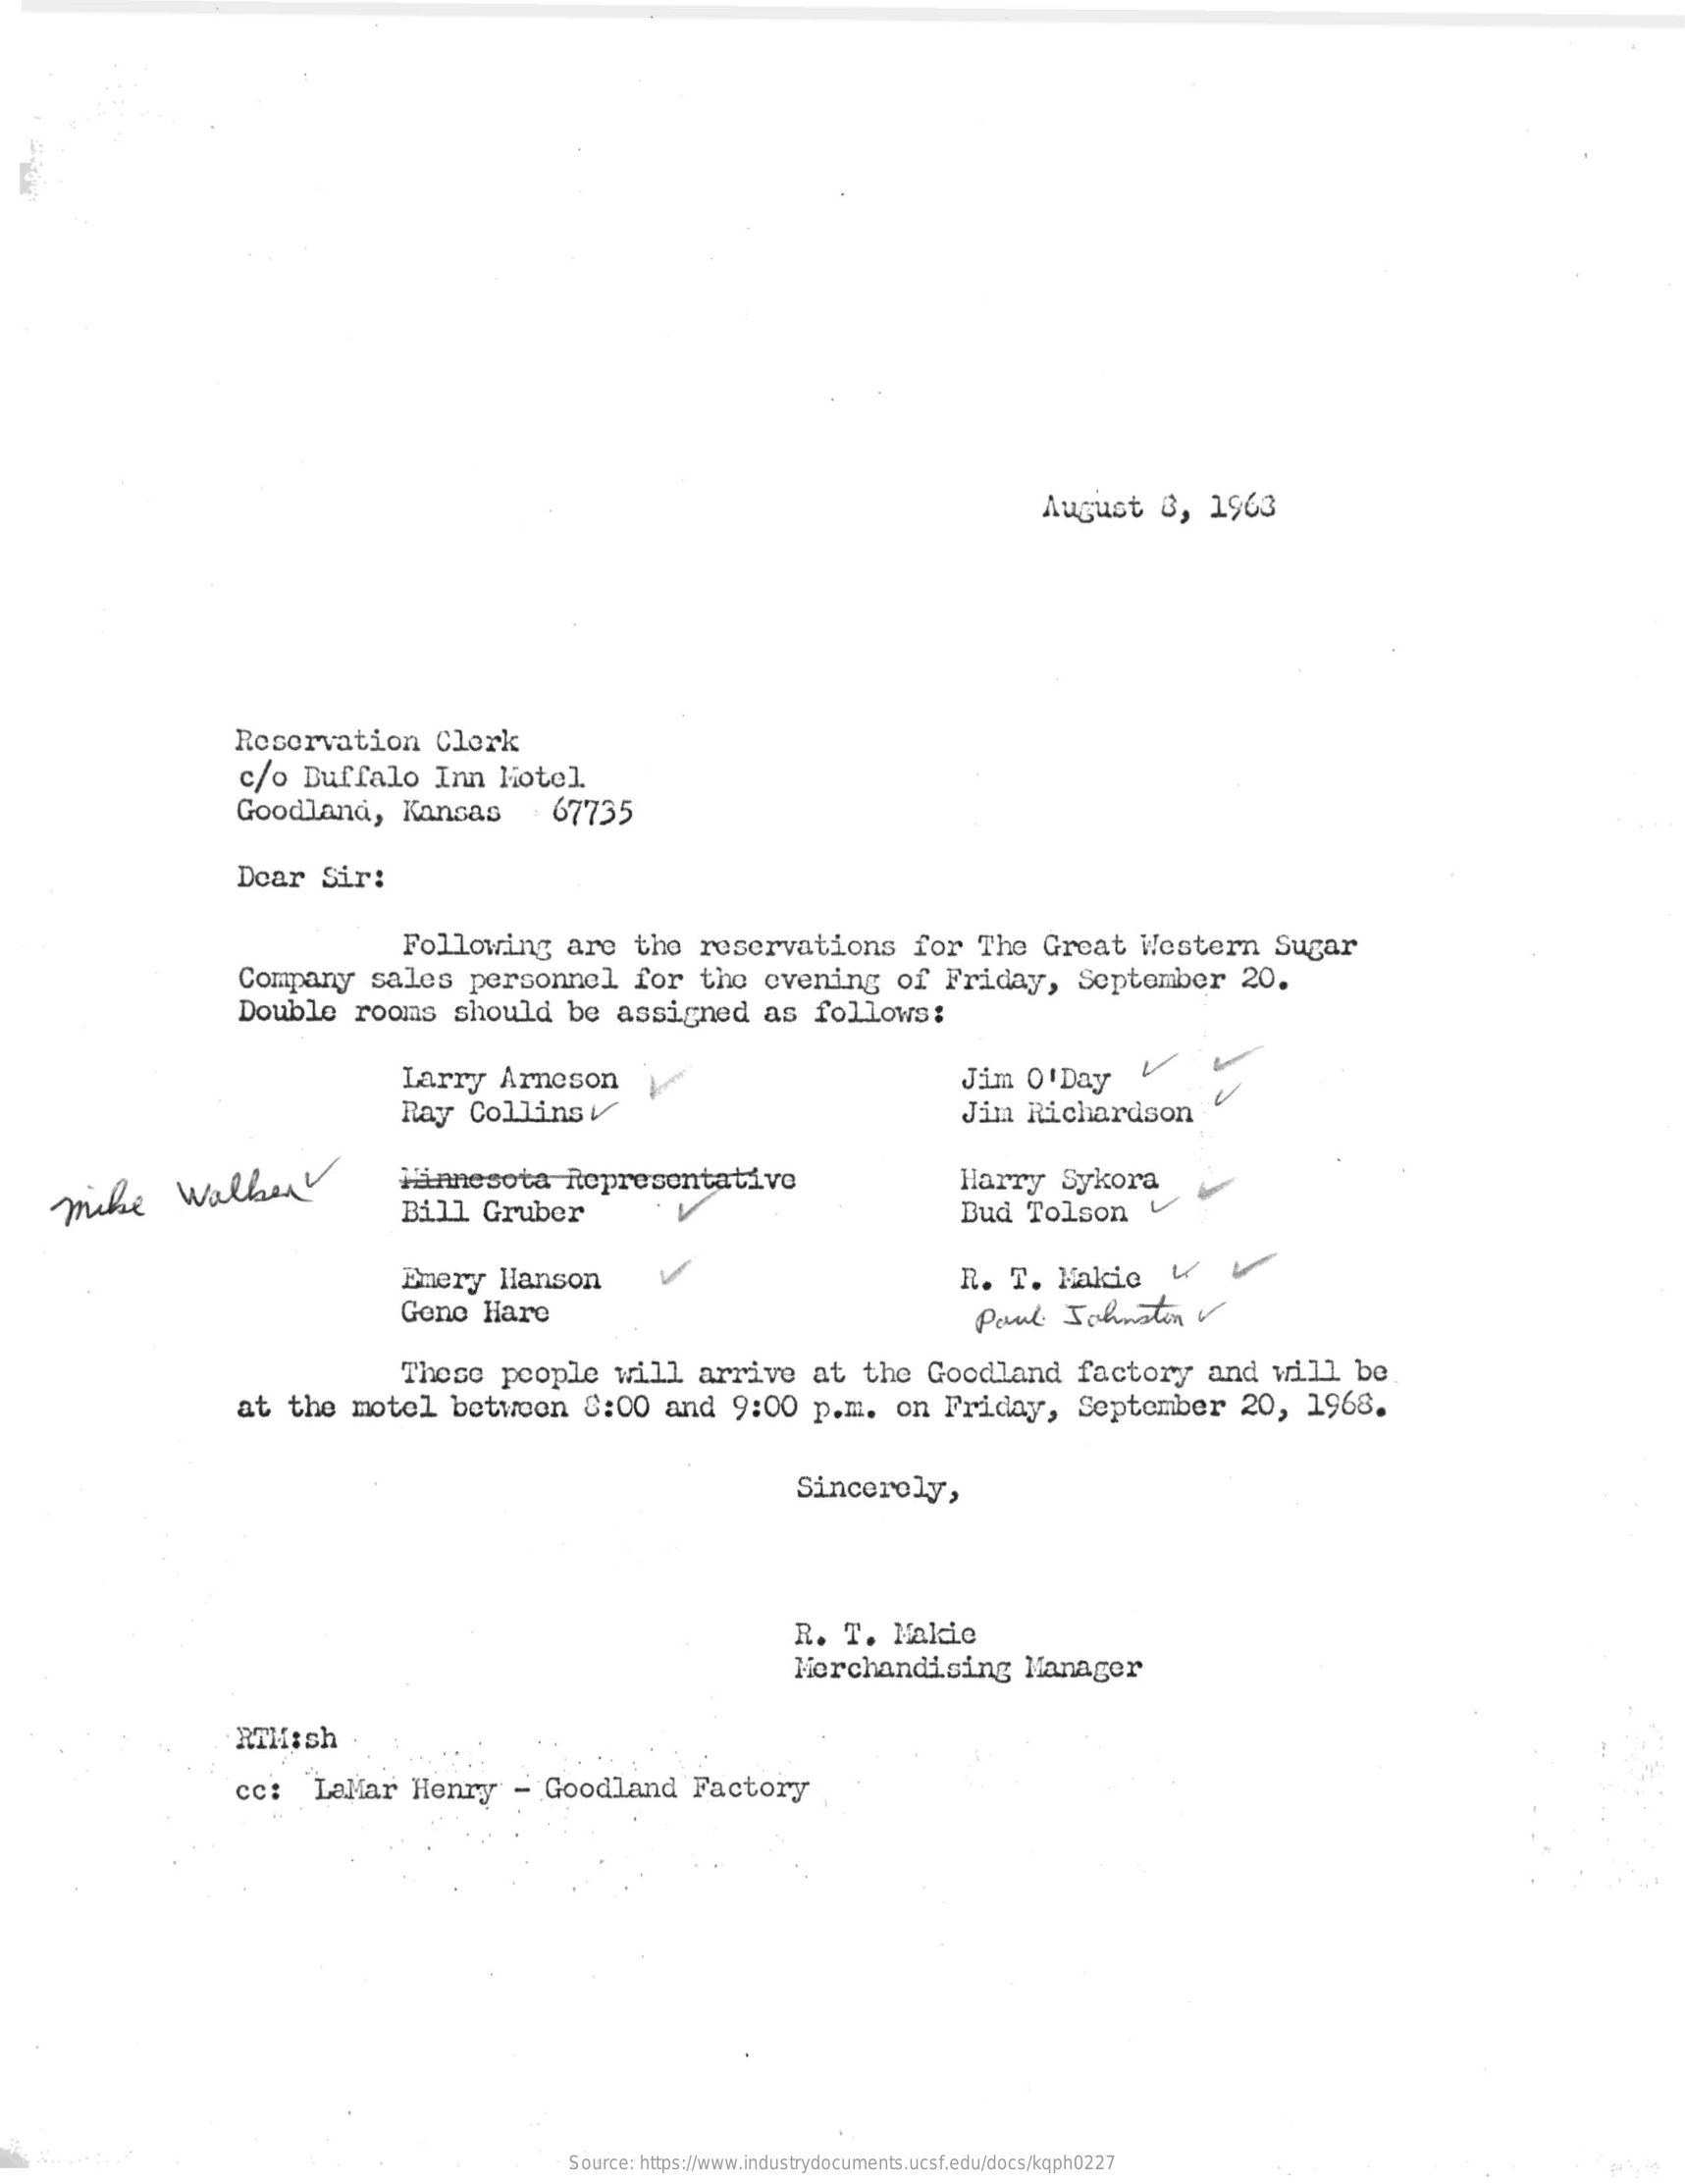
August    8,    1963
     Reservation    Clerk
     c/o   Duffalo    Inn    hotel
     Goodland,    Kansas    67735
     Dear    Sir:
     Following    are    the    reservations    for    The   Great    Western    Sugar
     Company    sales    personnel    for    the    evening    of   Friday,    September    20.
     Double    rooms    should    be   assigned    as   follows:
     Larry    Arneson    Jim    O'Day
     Ray    CollinsV    Jim    Richardson
     V
    mike    walker    Minnesota    Representative
     Bill    Gruber
     Harry    Sykora
     Bud    Tolson
     Emery    Hanson    R.   T.   Makic    W
     Gene    Hare    Paul    Johnatin    v
     These    people    will    arrive    at    the    Goodland    factory    and    will    be
     at    the   motel    betwoon    8:00    and    9:00    p.m.    on  Friday,    September    20,    1968.
     Sincerely,
     R.   T.   Makic
     Merchandising    Manager
     RTHish    .
     cc:    LaMar    Henry    -   Goodland    Factory
     Source: https://www.industrydocuments.ucsf.edu/docs/kqph0227